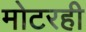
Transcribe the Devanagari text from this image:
मोटरही